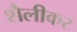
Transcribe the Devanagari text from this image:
शैलीकर